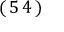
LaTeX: ( \, 5 \, 4 \, )